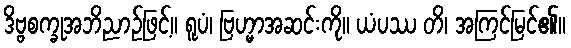
ဒိဗ္ဗစက္ခုအဘိညာဉ်ဖြင့်။ ရူပံ၊ ဗြဟ္မာအဆင်းကို။ ယံပဿ တိ၊ အကြင်မြင်၏။